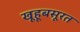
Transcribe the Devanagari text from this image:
खूहूबसूरत